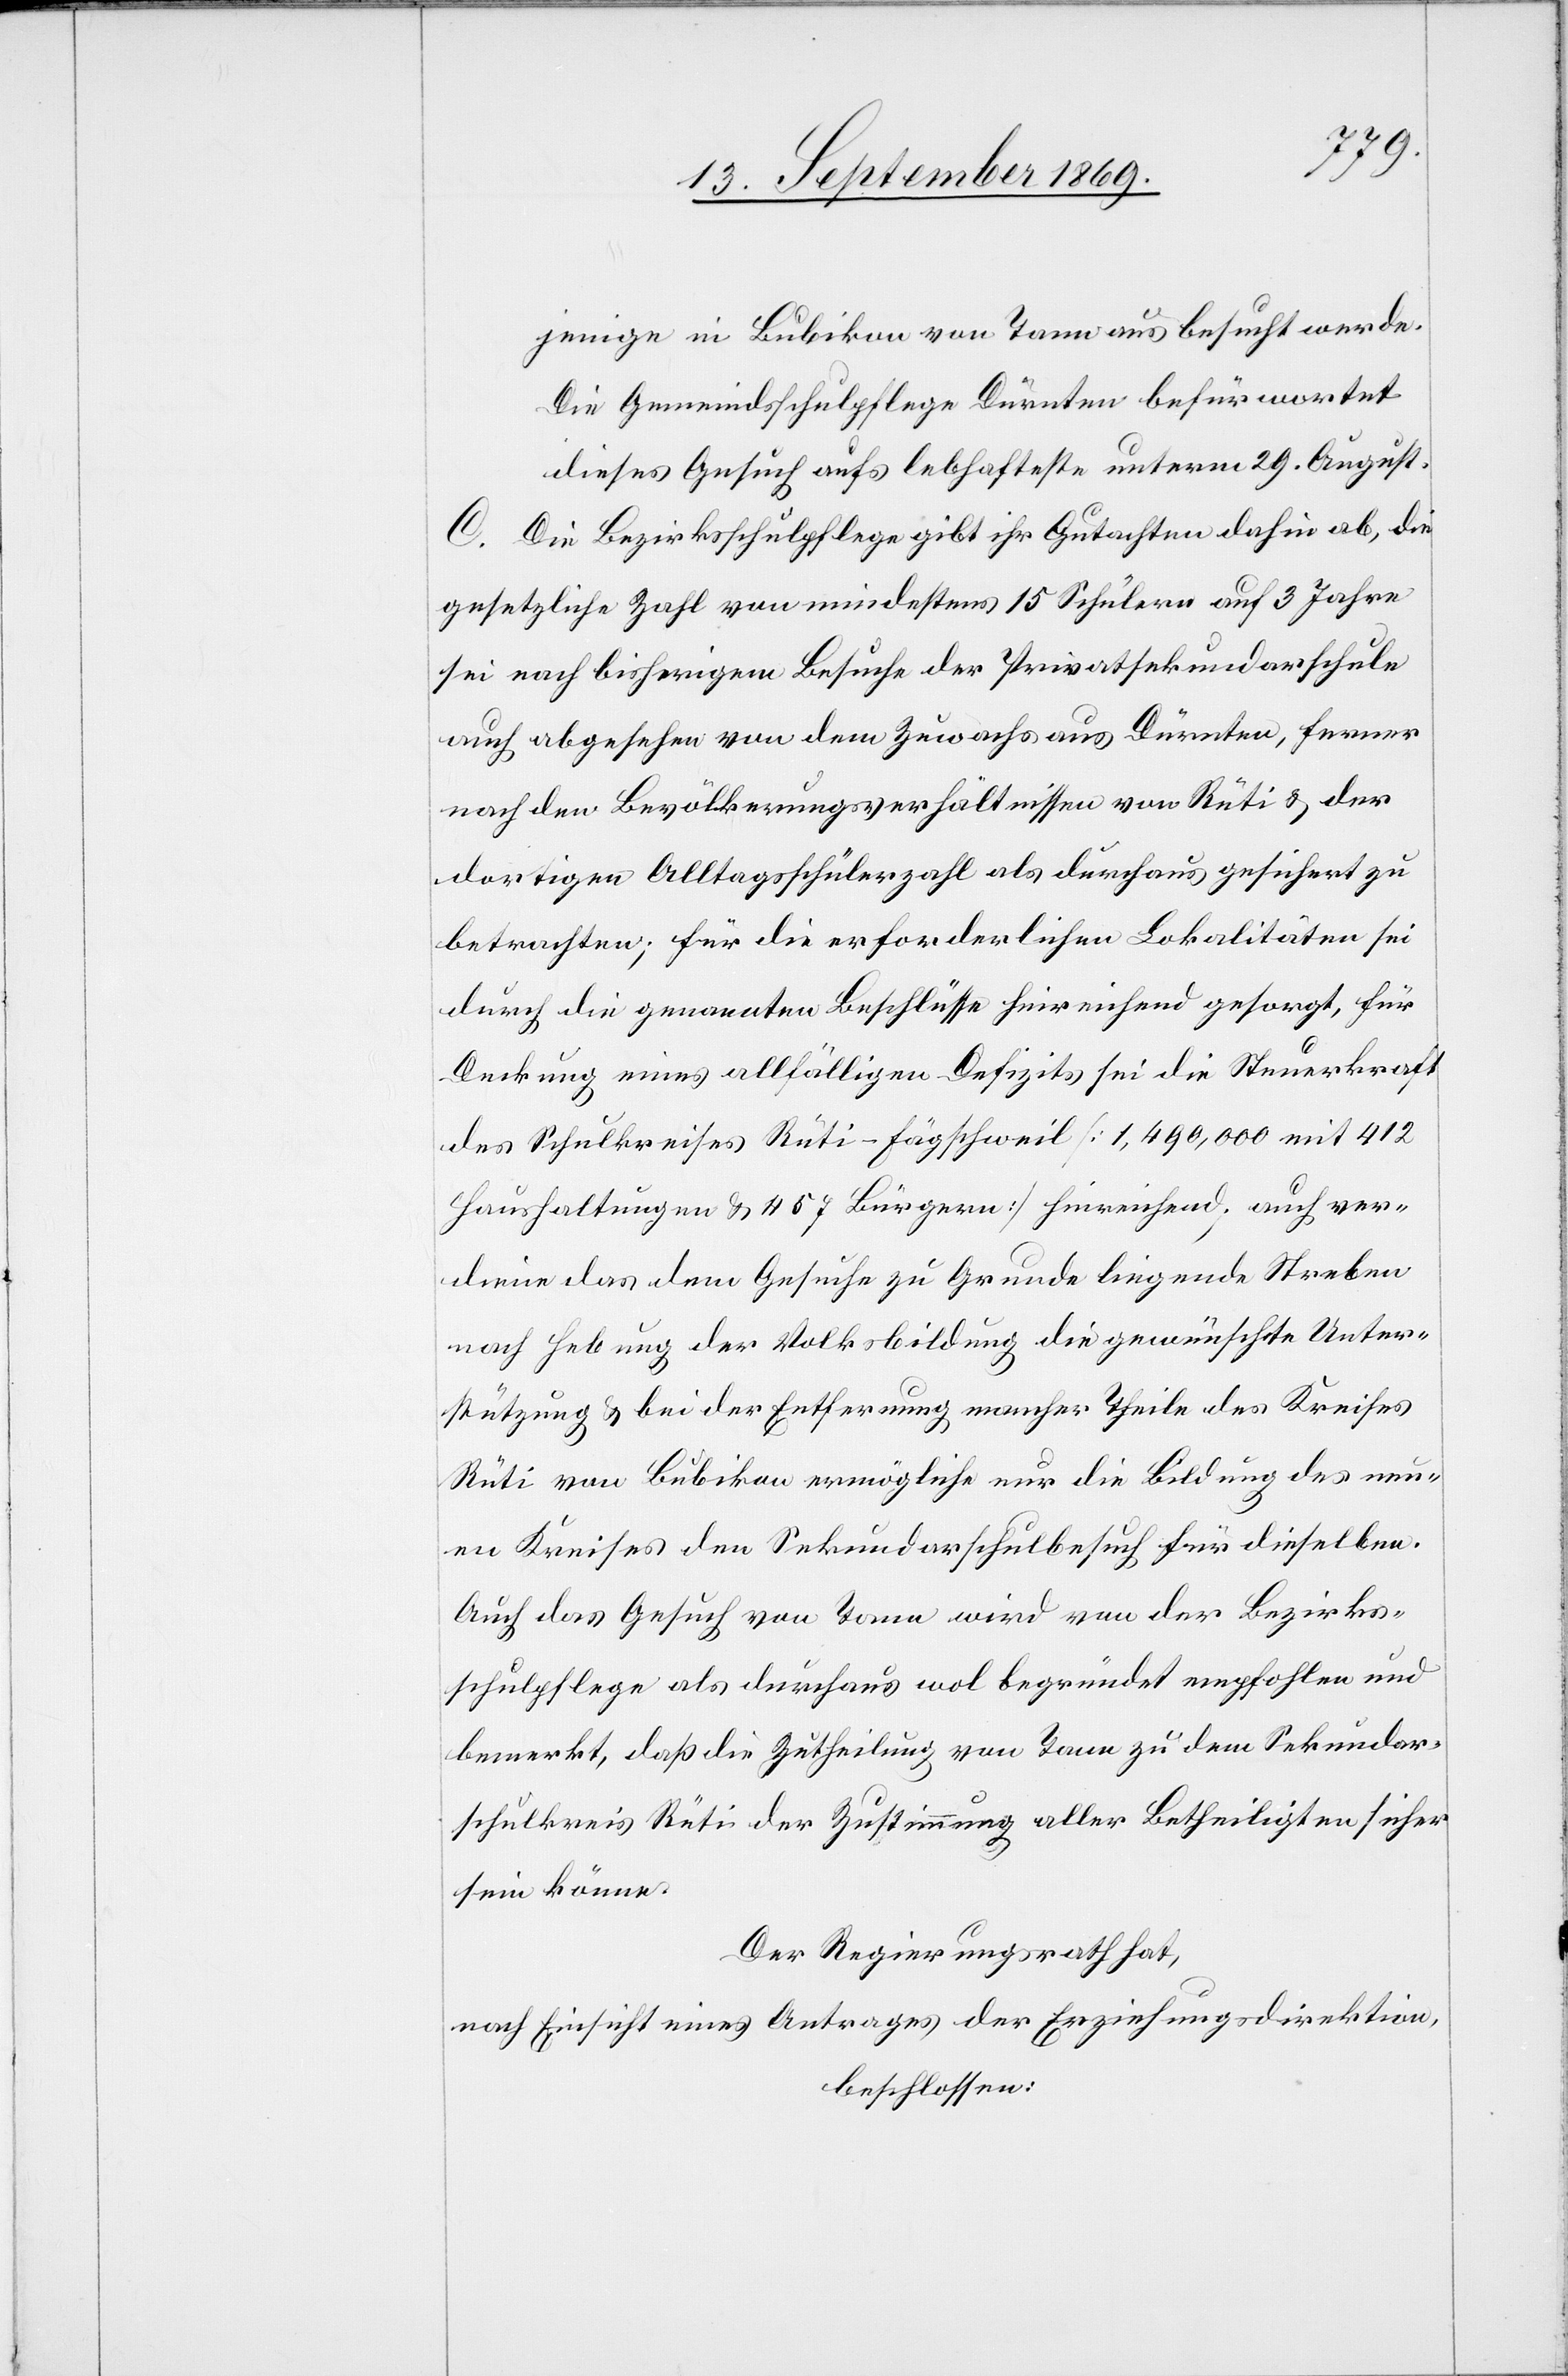
jenige in Bubikon von Tann aus besucht werde.
Die Gemeindsschulpflege Dürnten befürwortet
dieses Gesuch aufs lebhafteste unterm 29. August.
C. Die Bezirksschulpflege gibt ihr Gutachten dahin ab, die
gesetzliche Zahl von mindestens 15 Schülern auf 3 Jahre
sei nach bisherigem Besuche der Privatsekundarschule
auch abgesehen von dem Zuwachs aus Dürnten, ferner
nach den Bevölkerungsverhältnissen von Rüti & der
dortigen Alltagsschülerzahl als durchaus gesichert zu
betrachten; für die erforderlichen Lokalitäten sei
durch die genannten Beschlüsse hinreichend gesorgt, für
Deckung eines allfälligen Defizits sei die Steuerkraft
des Schulkreises Rüti-Fägschweil [1,490,000 mit 412
Haushaltungen & 457 Bürgern] hinreichend; auch ver¬
diene das dem Gesuche zu Grunde liegende Streben
nach Hebung der Volksbildung die gewünschte Unter¬
stützung & bei der Entfernung mancher Theile des Kreises
Rüti von Bubikon ermögliche nur die Bildung des neu¬
en Kreises den Sekundarschulbesuch für dieselben.
Auch das Gesuch von Tann wird von der Bezirks¬
schulpflege als durchaus wol begründet empfohlen und
bemerkt, daß die Zutheilung von Tann zu dem Sekundar¬
schulkreis Rüti der Zustimmung aller Betheiligten sicher
sein könne.
Der Regierungsrath hat,
nach Einsicht eines Antrages der Erziehungsdirektion,
beschlossen: